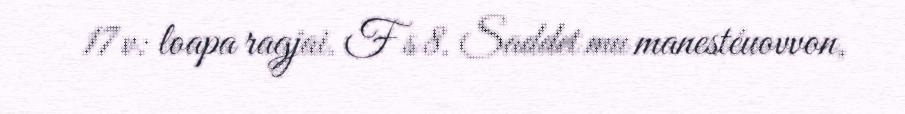
17 v: loapa ragjai. F s 8. Saddet mu manestéuovvon,